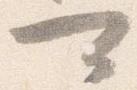
可